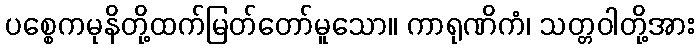
ပစ္စေကမုနိတို့ထက်မြတ်တော်မူသော။ ကာရုဏိကံ၊ သတ္တဝါတို့အား